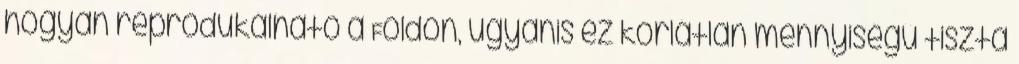
hogyan reprodukálható a Földön, ugyanis ez korlátlan mennyiségű tiszta